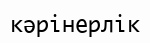
кәрінерлік